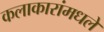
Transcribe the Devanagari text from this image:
कलाकारांमधले